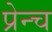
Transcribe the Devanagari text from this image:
प्रेन्च